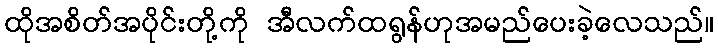
ထိုအစိတ်အပိုင်းတို့ကို အီလက်ထရွန်ဟုအမည်ပေးခဲ့လေသည်။